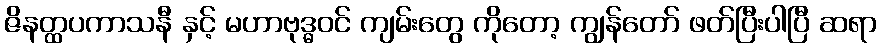
ဇိနတ္ထပကာသနီ နှင့် မဟာဗုဒ္ဓဝင် ကျမ်းတွေ ကိုတော့ ကျွန်တော် ဖတ်ပြီးပါပြီ ဆရာ